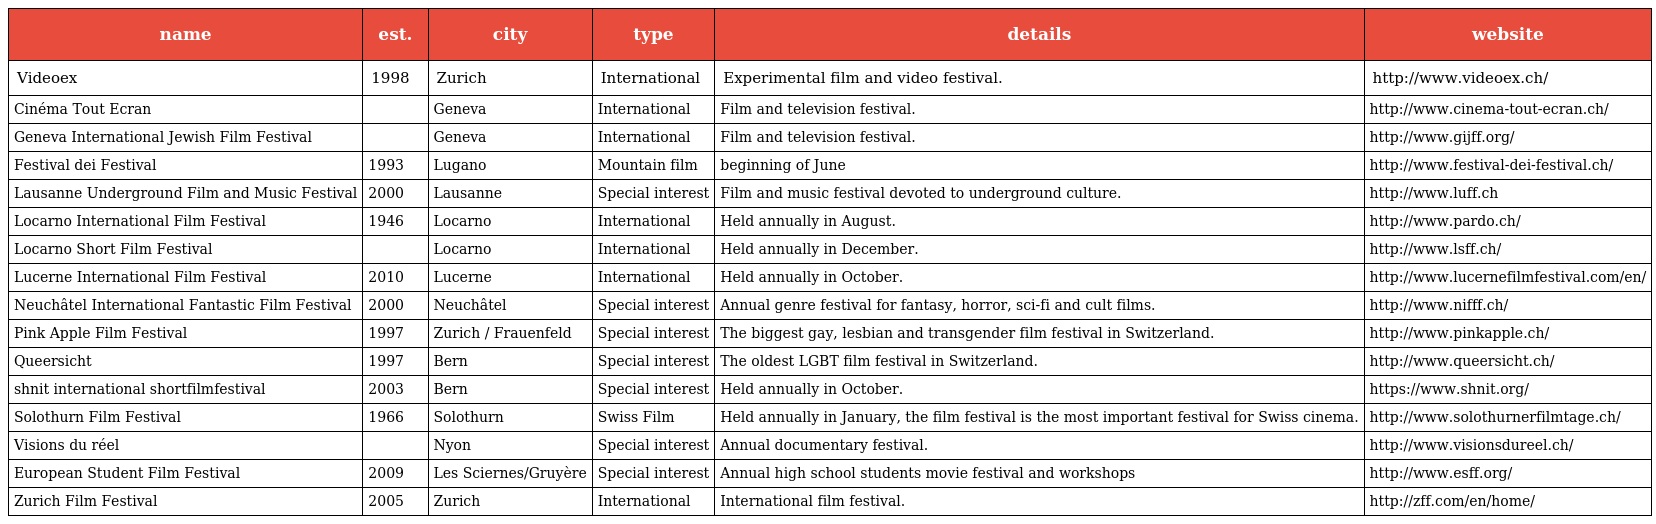
| name | est. | city | type | details | website |
 | --- | --- | --- | --- | --- | --- |
 | Videoex | 1998 | Zurich | International | Experimental film and video festival. | http://www.videoex.ch/ |
 | Cinéma Tout Ecran |  | Geneva | International | Film and television festival. | http://www.cinema-tout-ecran.ch/ |
 | Geneva International Jewish Film Festival |  | Geneva | International | Film and television festival. | http://www.gijff.org/ |
 | Festival dei Festival | 1993 | Lugano | Mountain film | beginning of June | http://www.festival-dei-festival.ch/ |
 | Lausanne Underground Film and Music Festival | 2000 | Lausanne | Special interest | Film and music festival devoted to underground culture. | http://www.luff.ch |
 | Locarno International Film Festival | 1946 | Locarno | International | Held annually in August. | http://www.pardo.ch/ |
 | Locarno Short Film Festival |  | Locarno | International | Held annually in December. | http://www.lsff.ch/ |
 | Lucerne International Film Festival | 2010 | Lucerne | International | Held annually in October. | http://www.lucernefilmfestival.com/en/ |
 | Neuchâtel International Fantastic Film Festival | 2000 | Neuchâtel | Special interest | Annual genre festival for fantasy, horror, sci-fi and cult films. | http://www.nifff.ch/ |
 | Pink Apple Film Festival | 1997 | Zurich / Frauenfeld | Special interest | The biggest gay, lesbian and transgender film festival in Switzerland. | http://www.pinkapple.ch/ |
 | Queersicht | 1997 | Bern | Special interest | The oldest LGBT film festival in Switzerland. | http://www.queersicht.ch/ |
 | shnit international shortfilmfestival | 2003 | Bern | Special interest | Held annually in October. | https://www.shnit.org/ |
 | Solothurn Film Festival | 1966 | Solothurn | Swiss Film | Held annually in January, the film festival is the most important festival for Swiss cinema. | http://www.solothurnerfilmtage.ch/ |
 | Visions du réel |  | Nyon | Special interest | Annual documentary festival. | http://www.visionsdureel.ch/ |
 | European Student Film Festival | 2009 | Les Sciernes/Gruyère | Special interest | Annual high school students movie festival and workshops | http://www.esff.org/ |
 | Zurich Film Festival | 2005 | Zurich | International | International film festival. | http://zff.com/en/home/ |